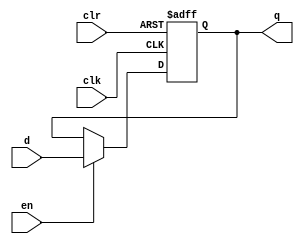
// regfile dffe
module dffe_ref(q, d, clk, en, clr);
   
   //Inputs
   input [31:0]d;
	input clk, en, clr;
   
   //Internal wire
   wire clr;

   //Output
   output [31:0] q;
   
   //Register
   reg [31:0] q;

   //Intialize q to 0
   initial
   begin
       q = 32'b0;
   end

   //Set value of q on positive edge of the clock or clear
   always @(posedge clk or posedge clr) begin
       //If clear is high, set q to 0
       if (clr) begin
			q <= 32'b0;
       //If enable is high, set q to the value of d
       end else if (en) begin
			q <= d;
       end
   end
endmodule


// dffe for imem address (pc)
module dffe_imem(q, d, clk, en, clr);
   
   //Inputs
   input [31:0]d;
	input clk, en, clr;
   
   //Internal wire
   wire clr;

   //Output
   output [31:0] q;
   
   //Register
   reg [31:0] q;

   //Intialize q to 0
   initial
   begin
       q = 32'b0;
   end

   //Set value of q on positive edge of the clock or clear
   always @(posedge clk or posedge clr) begin
       //If clear is high, set q to 0
       if (clr) begin
			q <= 32'b0;
       //If enable is high, set q to the value of d
       end else if (en) begin
			q <= d;
       end
   end
endmodule

// dffe for dmem address
//module dffe_dmem(q, d, clk, en, clr);
//   
//   //Inputs
//   input [31:0]d;
//	input clk, en, clr;
//   
//   //Internal wire
//   wire clr;
//
//   //Output
//   output [31:0] q;
//   
//   //Register
//   reg [31:0] q;
//
//   //Intialize q to 0
//   initial
//   begin
//       q = 32'b0;
//   end
//
//   //Set value of q on positive edge of the clock or clear
//   always @(posedge clk or posedge clr) begin
//       //If clear is high, set q to 0
//       if (clr) begin
//			q <= 32'hfff;
//       //If enable is high, set q to the value of d
//       end else if (en) begin
//			q <= d;
//       end
//   end
//endmodule